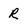
Character: R